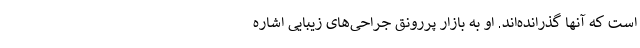
است که آنها گذرانده‌اند. او به بازار پررونق جراحی‌های زیبایی اشاره